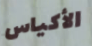
الأكياس